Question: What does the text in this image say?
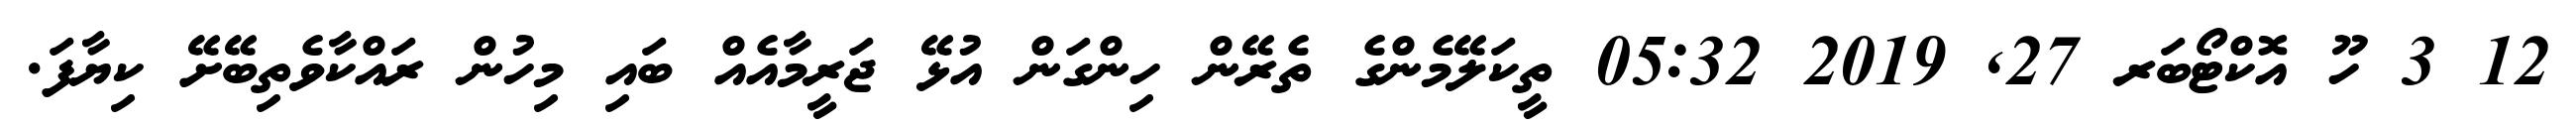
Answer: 12 3 ހޫ އޮކްޓޯބަރ 27, 2019 05:32 ތީކަލޭމެންގެ ތެރޭން ހިންގަން އުޅޭ ޖަރީމާއެއް ބައި މިހުން ރައްކާވެތިބޭށޭ ކިޔާފަ.